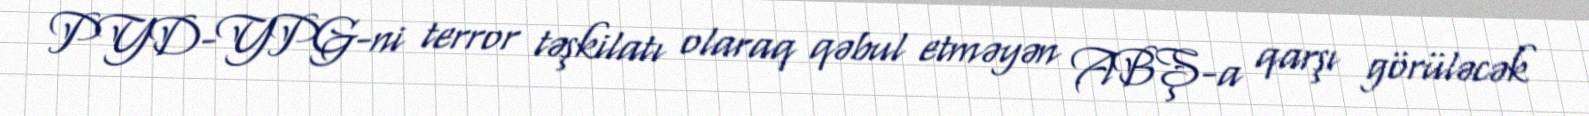
PYD-YPG-ni terror təşkilatı olaraq qəbul etməyən ABŞ-a qarşı görüləcək